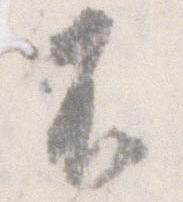
不